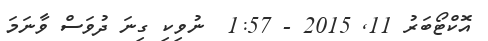
އޮކްޓޯބަރު 11